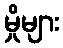
မှိုများ